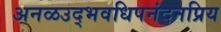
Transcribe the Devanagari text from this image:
अनळउद्भवधिपनंदनप्रिय